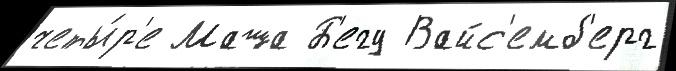
четы́р'е Маша Б'егу Вайс'емб'ерг